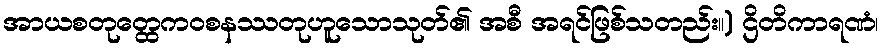
အာယစတုတ္ထေကဝစနဿတုဟူသောသုတ်၏ အစီ အရင်ဖြစ်သတည်း။) ဌိတိကာရဏံ၊